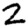
Digit: 2